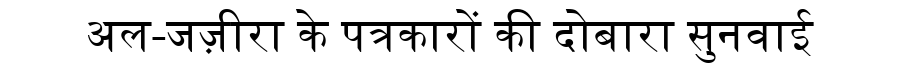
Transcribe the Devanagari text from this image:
अल-जज़ीरा के पत्रकारों की दोबारा सुनवाई